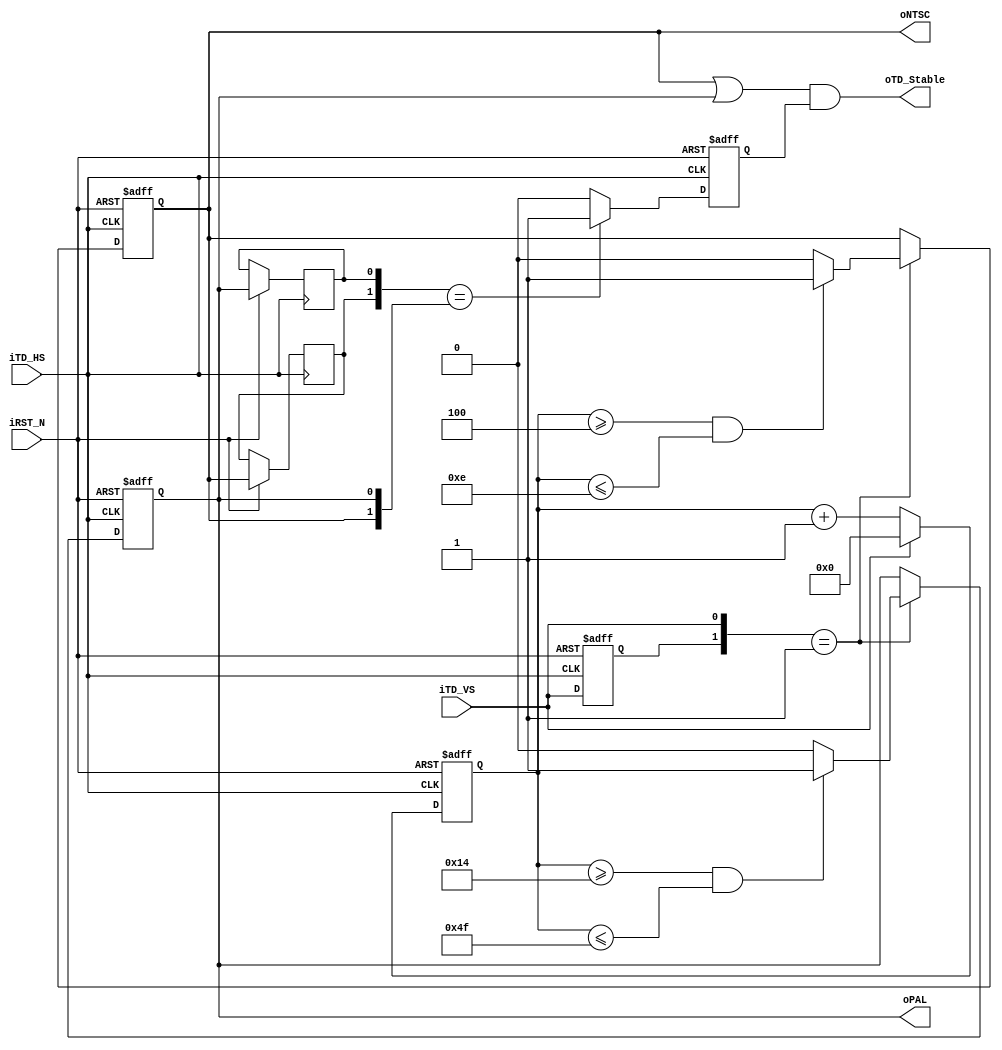
module TD_Detect(	
          oTD_Stable,
          oNTSC,
          oPAL,
					iTD_VS,
					iTD_HS,
					iRST_N	);
input		iTD_VS;
input		iTD_HS;
input		iRST_N;
output	oTD_Stable;
output  oNTSC;
output  oPAL;
reg			NTSC;
reg			PAL;
reg			Pre_NTSC;
reg			Pre_PAL;
reg			Pre_VS;
reg         rellay_stable;
reg	[7:0]	Stable_Cont;

assign	oTD_Stable	=	(NTSC | PAL) & rellay_stable;
assign  oNTSC  = NTSC;
assign  oPAL   = PAL;

always@(posedge iTD_HS or negedge iRST_N)
	if(!iRST_N)
	begin
		Pre_VS		  <=	1'b0;
		Stable_Cont	<=	4'h0;
		NTSC	<=	1'b0;
		PAL  	<=	1'b0;
		rellay_stable <= 1'b0;
	end
	else
	begin
		Pre_VS	<=	iTD_VS;
		Pre_NTSC	<=	NTSC;
		Pre_PAL	<=	PAL;

		if(!iTD_VS)
		  Stable_Cont	<=	Stable_Cont+1'b1;
		else
		  Stable_Cont	<=	0;
		
		if({Pre_VS,iTD_VS}==2'b01)
		begin
			if((Stable_Cont>=4 && Stable_Cont<=14))
			  NTSC	<=	1'b1;
			else
			  NTSC	<=	1'b0;
			
			if((Stable_Cont>=8'h14 && Stable_Cont<=8'h4f))// <= 8'h1f))
			  PAL	<=	1'b1;
			else
			  PAL	<=	1'b0;
		end
		
		// Add by Dee. when format change. it belong to unstable
		if({Pre_NTSC,Pre_PAL}=={NTSC,PAL}) rellay_stable <= 1'b1;
		else rellay_stable <= 1'b0;
		
	end

endmodule